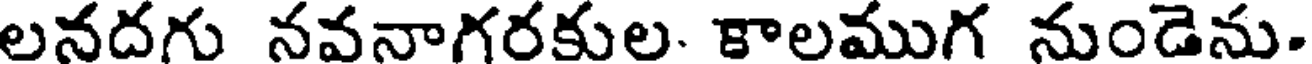
లనదగు నవనాగరకుల. కాలముగ నుండెను.